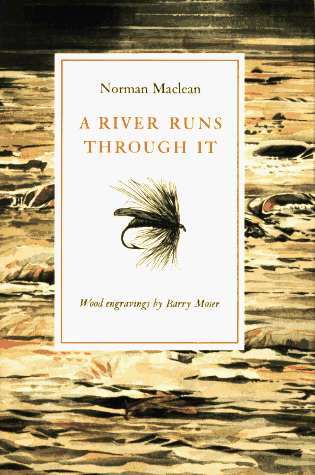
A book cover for A River Runs Through It; Norman Maclean; Literature & Fiction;